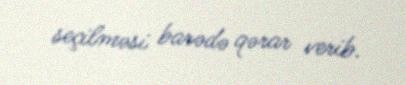
seçilməsi barədə qərar verib.